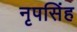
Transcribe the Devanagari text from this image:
नृपसिंह